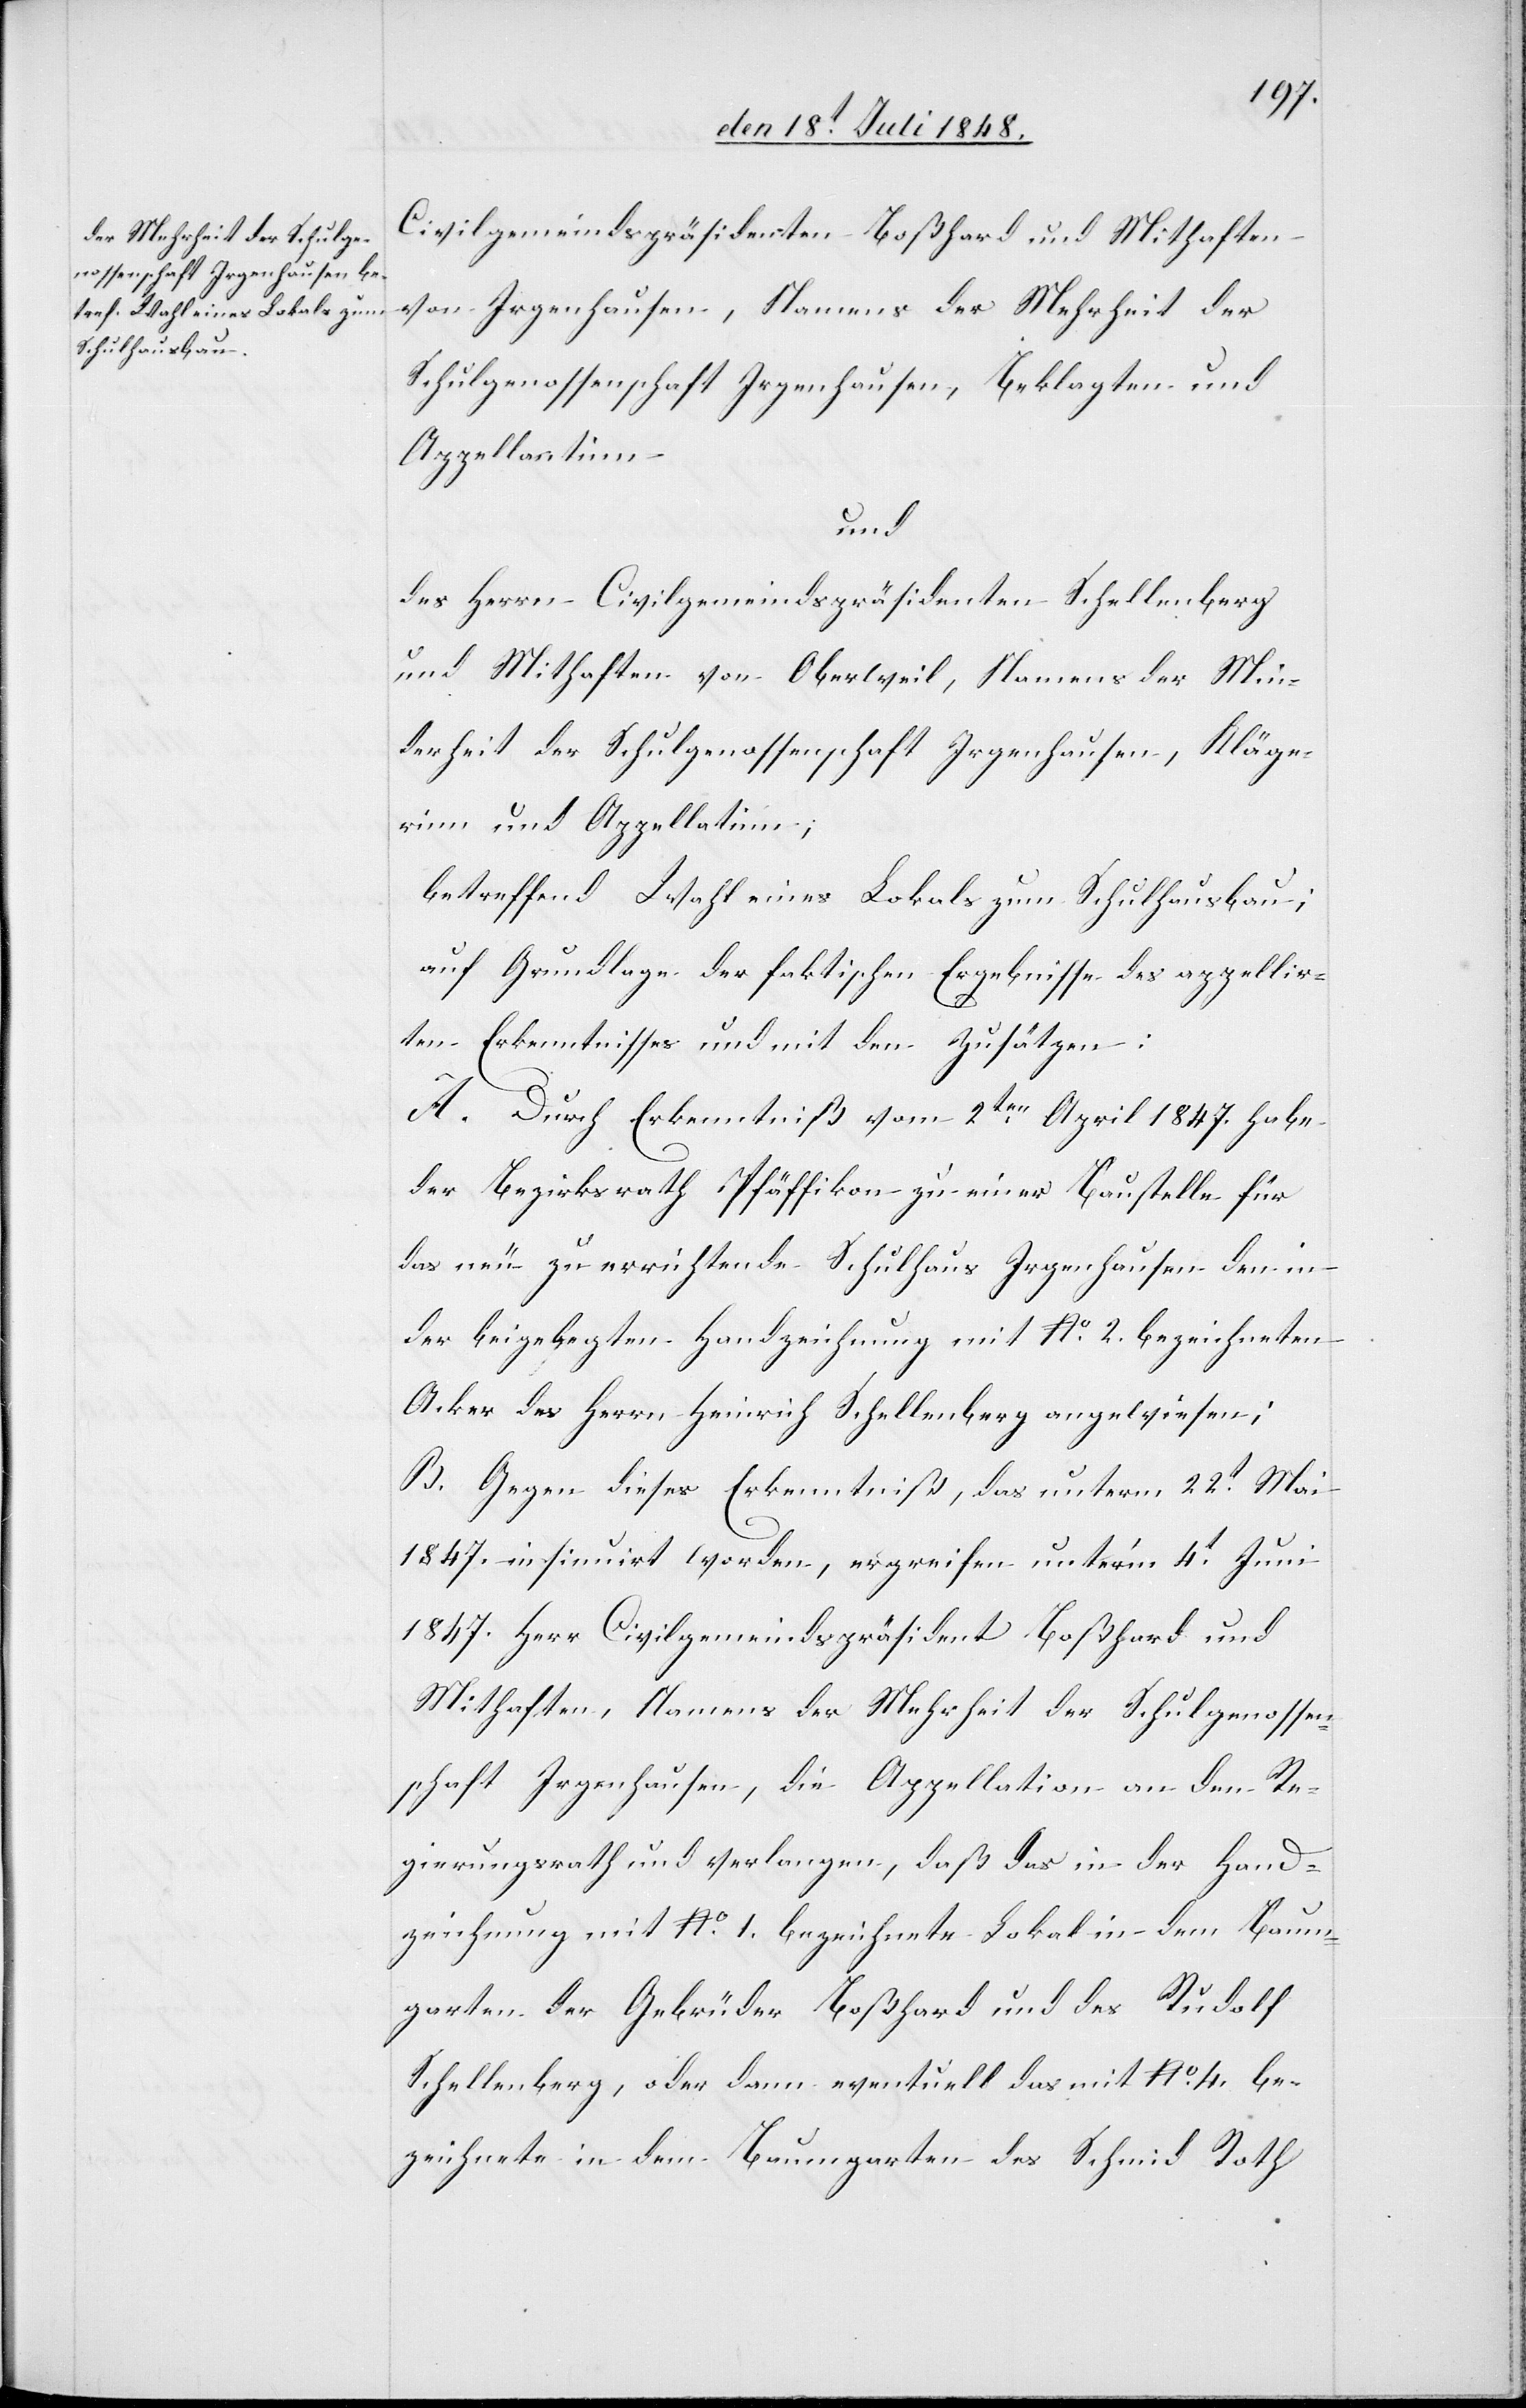
Civilgemeindspräsidenten Boßhard und Mithaften
von Irgenhausen, Namens der Mehrheit der
Schulgenossenschaft Irgenhausen, Beklagten und
Appellantinn
und
des Herrn Civilgemeindspräsidenten Schellenberg
und Mithaften von Oberweil, Namens der Min¬
derheit der Schulgenossenschaft Irgenhausen, Kläge¬
rinn und Appellatinn,
betreffend Wahl eines Lokals zum Schulhausbau;
auf Grundlage der faktischen Ergebnisse des appellir¬
ten Erkenntnisses und mit den Zusätzen:
A. Durch Erkenntniß vom 2ten April 1847. habe
der Bezirksrath Pfäffikon zu einer Baustelle für
das neu zu errichtende Schulhaus Irgenhausen den in
der beigelegten Handzeichnung mit No 2. bezeichneten
Acker des Herrn Heinrich Schellenberg angewiesen;
B. Gegen dieses Erkenntniß, das unterm 22t Mai
1847. insinuirt worden, ergreifen unter’m 4t Juni
1847. Herr Civilgemeindspräsident Boßhard und
Mithaften, Namens der Mehrheit der Schulgenossen¬
schaft Irgenhausen, die Appellation an den Re¬
gierungsrath und verlangen, daß das in der Hand¬
zeichnung mit No 1. bezeichnete Lokal in dem Baum¬
garten der Gebrüder Boßhard und des Rudolf
Schellenberg, oder dann eventuell das mit No 4. be¬
zeichnete in dem Baumgarten des Schmid Roth